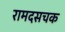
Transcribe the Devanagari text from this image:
रामदसचक